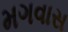
મગવાસ